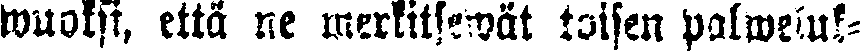
wuoksi, että ne merkitsewät toisen palweluk-